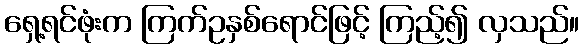
ရှေ့ရင်ဖုံးက ကြက်ဥနှစ်ရောင်ဖြင့် ကြည့်၍ လှသည်။